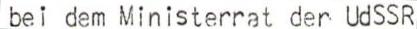
bei dem Ministerrat der UdSSR